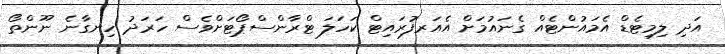
އަދި ލިމިޓެޑް އެމައުންޓެއް ގެނައުމަށް އެއަރފުރައިޓް ކަހަލަ ޓްރާންސްޕޯޓަށްވެސް ހަރަދު ހިނގާނެ ނޫންތޯ